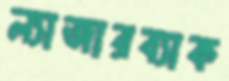
ল্যাজারব্যাক